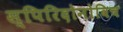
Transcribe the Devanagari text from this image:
स्पिरिदोनोविच